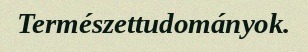
Természettudományok.